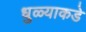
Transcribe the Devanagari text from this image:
धुळ्याकडे